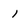
Character: 1